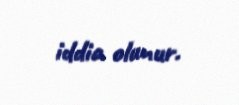
iddia olunur.